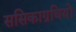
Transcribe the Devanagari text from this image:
ससिकाग्रथियों